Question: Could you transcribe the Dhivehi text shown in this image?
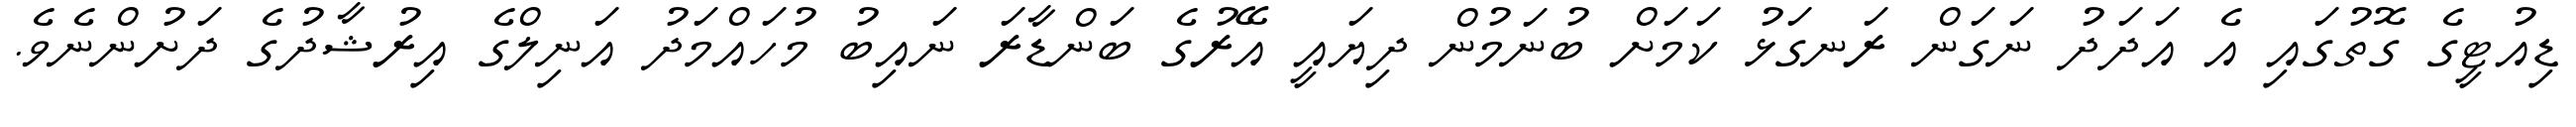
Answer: ޑިއުޓީގެ ގޮތުގައި އެ އަދަދު ނަގަން ރަނގަޅު ކަމަށް ބުނަމުން ދިޔައީ އޭރުގެ ބަންޑާރަ ނައިބު މުހައްމަދު އަނިލްގެ އިރުޝާދުގެ ދަށުންނެވެ.